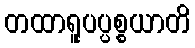
တထာရူပပ္ပစ္စယာတိ